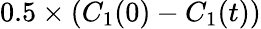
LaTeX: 0.5\times(C_{1}(0)-C_{1}(t))